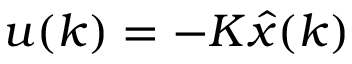
u ( k ) = - K { \hat { x } } ( k )